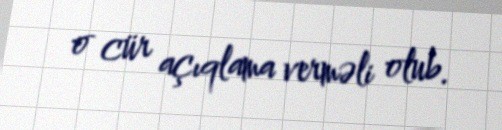
o cür açıqlama verməli olub.